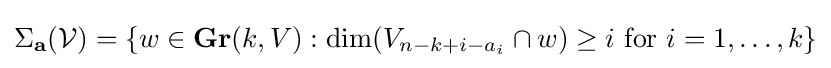
\Sigma _{\mathbf {a} }({\mathcal {V}})=\{w\in \mathbf {Gr} (k,V):\dim(V_{n-k+i-a_{i}}\cap w)\geq i{\text{ for }}i=1,\dots ,k\}